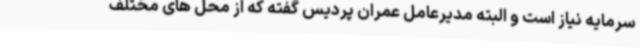
سرمایه نیاز است و البته مدیرعامل عمران پردیس گفته که از محل های مختلف